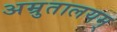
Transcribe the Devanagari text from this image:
अम्रुतालयम्